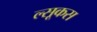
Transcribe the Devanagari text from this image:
ल्सूकस